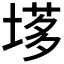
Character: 𡏗